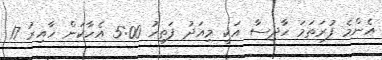
އެންމެ ފުރަތަމަ ހާދިސާ އަކީ މިއަދު ފަތިހު 5:00 އެހާކަން ހާއިރު 17